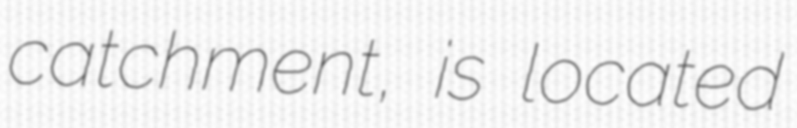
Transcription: catchment, is located